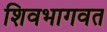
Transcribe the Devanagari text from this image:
शिवभागवत